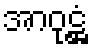
အာဝုဋ္ဌံ